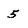
Character: 5